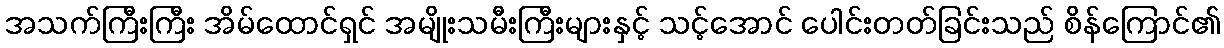
အသက်ကြီးကြီး အိမ်ထောင်ရှင် အမျိုးသမီးကြီးများနှင့် သင့်အောင် ပေါင်းတတ်ခြင်းသည် စိန်ကြောင်၏